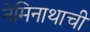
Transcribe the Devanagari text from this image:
नेमिनाथाची